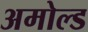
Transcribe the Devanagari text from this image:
अमोल्ड